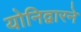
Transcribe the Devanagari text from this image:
योनिद्वारने